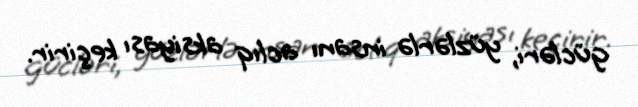
gücləri, yüzlərlə insanı aclıq aksiyası keçirir.